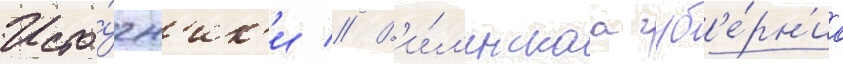
Исто́чн'ик'и // В'и́л'енскаа губ'е́рн'иа